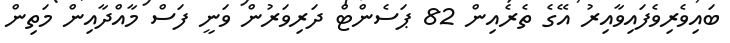
ބައިވެރިވެފައިވާއިރު އޭގެ ތެރެއިން 82 ޕަސެންޓް ދަރިވަރުން ވަނީ ފަސް މާއްދާއިން މަތިން